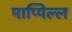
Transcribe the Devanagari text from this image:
माप्पिल्ल